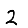
Digit: 2